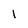
Character: 1